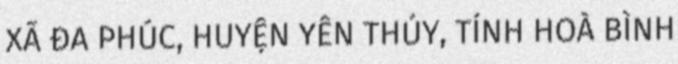
XÃ ĐA PHÚC, HUYỆN YÊN THỦY, TỈNH HOÀ BÌNH